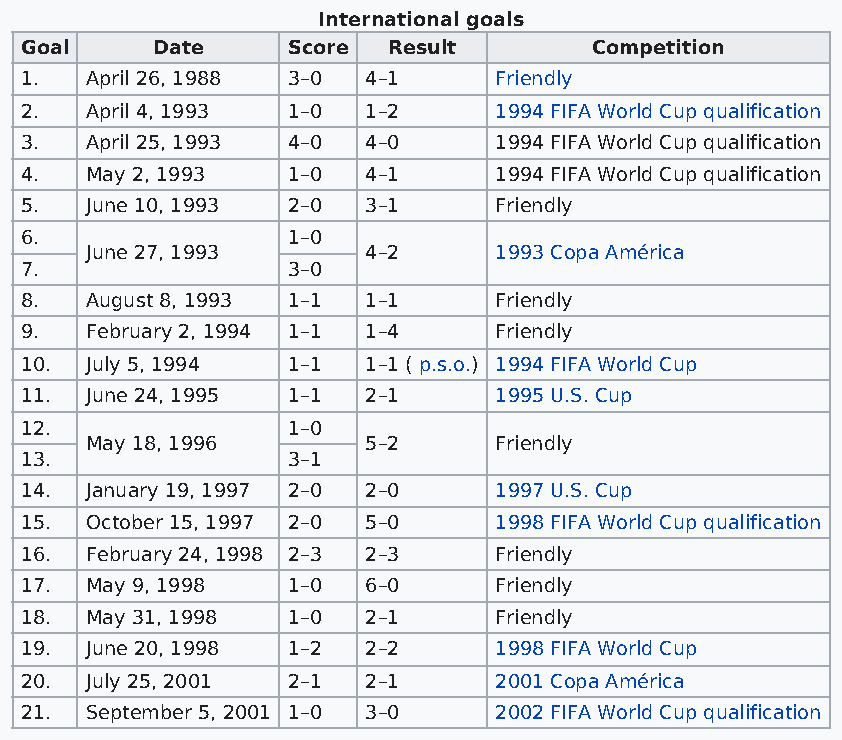
International goals
 Goal     Date     Score  Result       Competition
 1.   April 26, 1988 3–0 4–1     Friendly
 2.   April 4, 1993 1–0 1–2      1994 FIFA World Cup qualification
 3.   April 25, 1993 4–0 4–0     1994 FIFA World Cup qualification
 4.   May 2, 1993  1–0  4–1      1994 FIFA World Cup qualification
 5.   June 10, 1993 2–0 3–1      Friendly
 6.                1–0
 June 27, 1993     4–2      1993 Copa América
 7.                3–0
 8.   August 8, 1993 1–1 1–1     Friendly
 9.   February 2, 1994 1–1 1–4   Friendly
 10.  July 5, 1994 1–1  1–1 ( p.s.o.) 1994 FIFA World Cup
 11.  June 24, 1995 1–1 2–1      1995 U.S. Cup
 12.               1–0
 May 18, 1996      5–2      Friendly
 13.               3–1
 14.  January 19, 1997 2–0 2–0   1997 U.S. Cup
 15.  October 15, 1997 2–0 5–0   1998 FIFA World Cup qualification
 16.  February 24, 1998 2–3 2–3  Friendly
 17.  May 9, 1998  1–0  6–0      Friendly
 18.  May 31, 1998 1–0  2–1      Friendly
 19.  June 20, 1998 1–2 2–2      1998 FIFA World Cup
 20.  July 25, 2001 2–1 2–1      2001 Copa América
 21.  September 5, 2001 1–0 3–0  2002 FIFA World Cup qualification